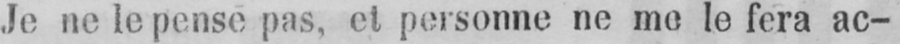
Je ne le pense pas, et personne ne me le fera ac-